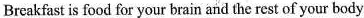
Breakfast is food for your brain and the rest of your body.